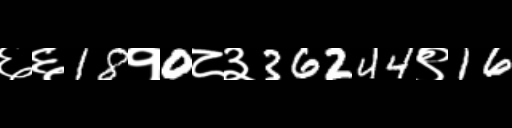
Text: ६६18१0८३36244९16